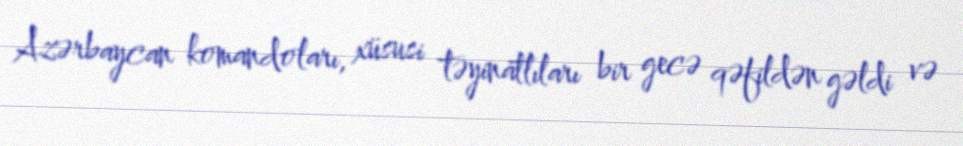
Azərbaycan komandoları, xüsusi təyinatlıları bir gecə qəfildən gəldi və